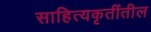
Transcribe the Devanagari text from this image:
साहित्यकृतींतील